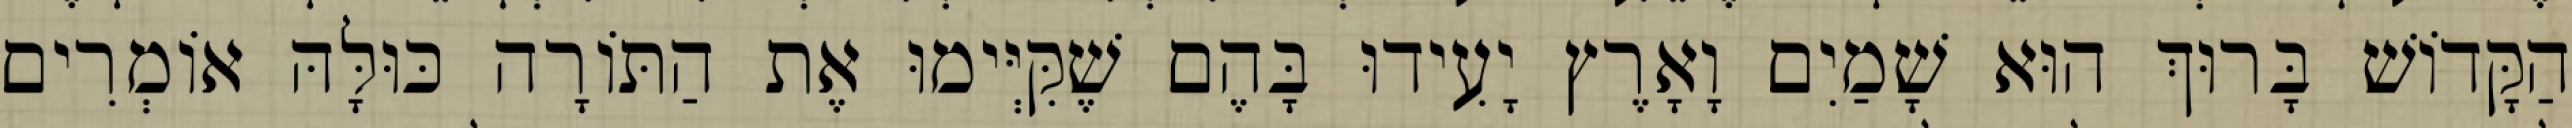
הַקָּדוֹשׁ בָּרוּךְ הוּא שָׁמַיִם וָאָרֶץ יָעִידוּ בָּהֶם שֶׁקִּיְּימוּ אֶת הַתּוֹרָה כּוּלָּהּ אוֹמְרִים